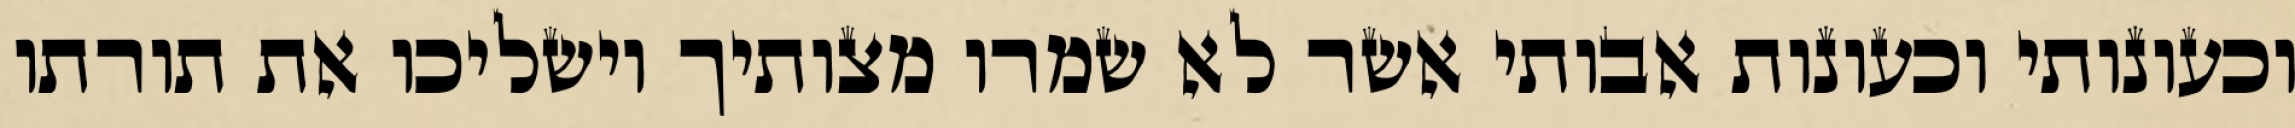
וכעונותי וכעונות אבותי אשר לא שמרו מצותיך וישליכו את תורתו